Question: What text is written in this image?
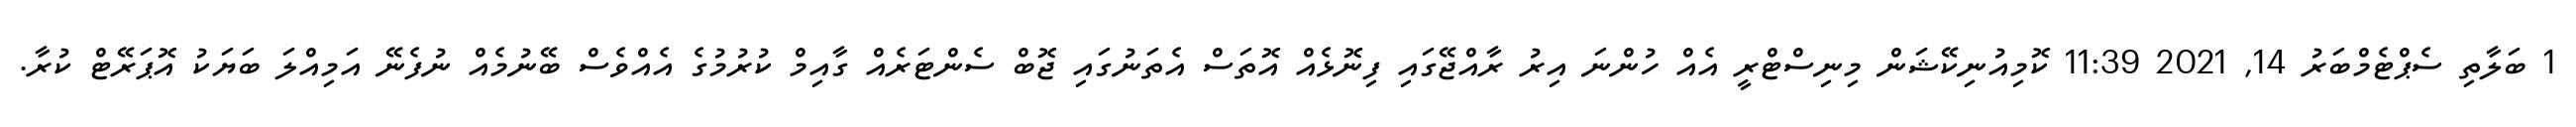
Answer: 1 ބަލާތި ސެޕްޓެމްބަރު 14, 2021 11:39 ކޮމިއުނިކޭޝަން މިނިސްޓްރީ އެއް ހުންނަ އިރު ރާއްޖޭގައި ފިނޮޅެއް އޮތަސް އެތަނުގައި ޖޮބް ސެންޓަރެއް ގާއިމް ކުރުމުގެ އެއްވެސް ބޭނުމެއް ނުފެނޭ އަމިއްލަ ބަޔަކު އޮޕަރޭޓް ކުރާ.